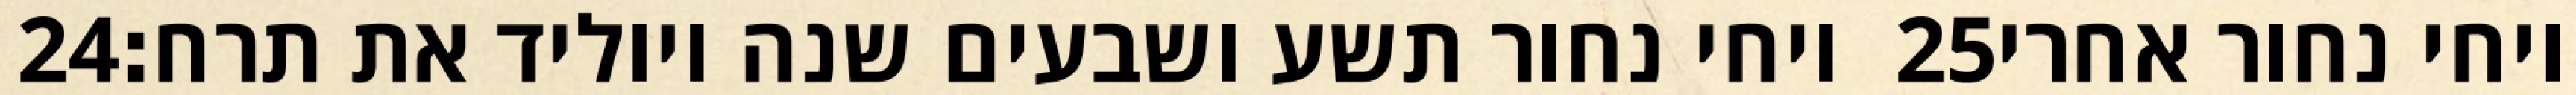
‎24‏ ויחי נחור תשע ושבעים שנה ויוליד את תרח׃ ‎25‏ ויחי נחור אחרי